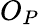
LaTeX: O_{P}